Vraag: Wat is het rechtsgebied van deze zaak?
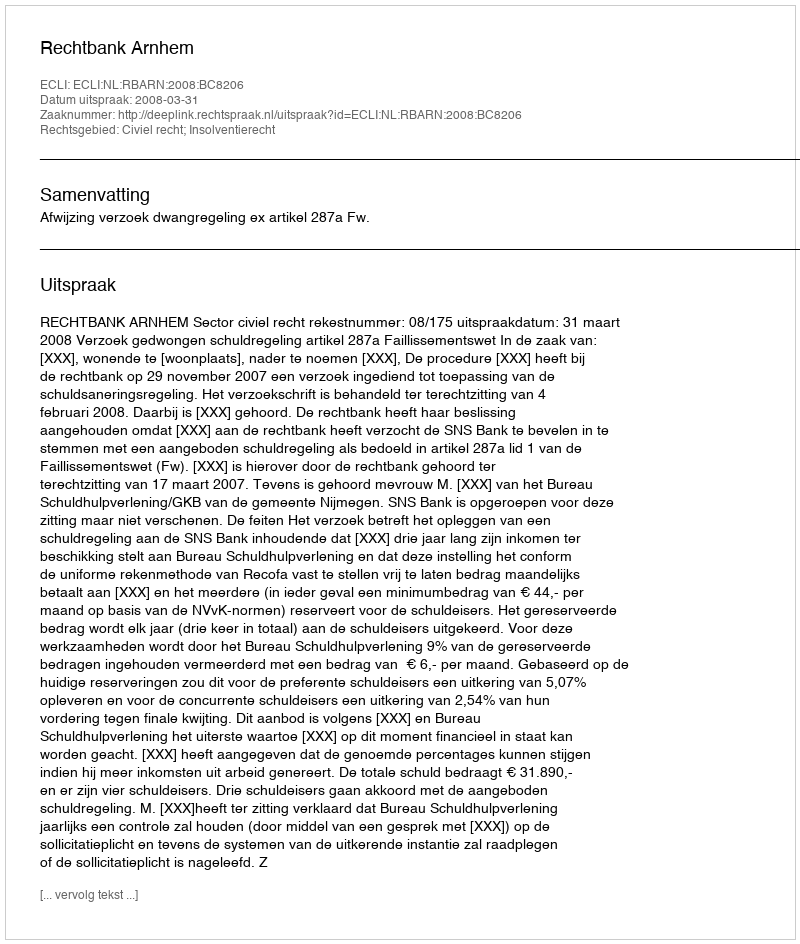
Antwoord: Civiel recht; Insolventierecht